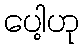
ပေါ့ဟု